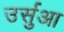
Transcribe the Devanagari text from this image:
उर्सुआ